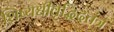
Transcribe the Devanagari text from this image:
शिष्यधीवृद्धिदतंत्र